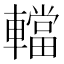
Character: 𨎴